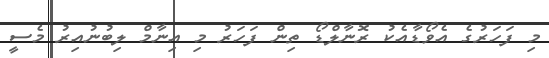
މި ފަހަރުގެ އެވޯޑާއެކު ރޮނާލްޑޯ ތިން ފަހަރު މި އިނާމް ލިބުނުއިރު މެސީ